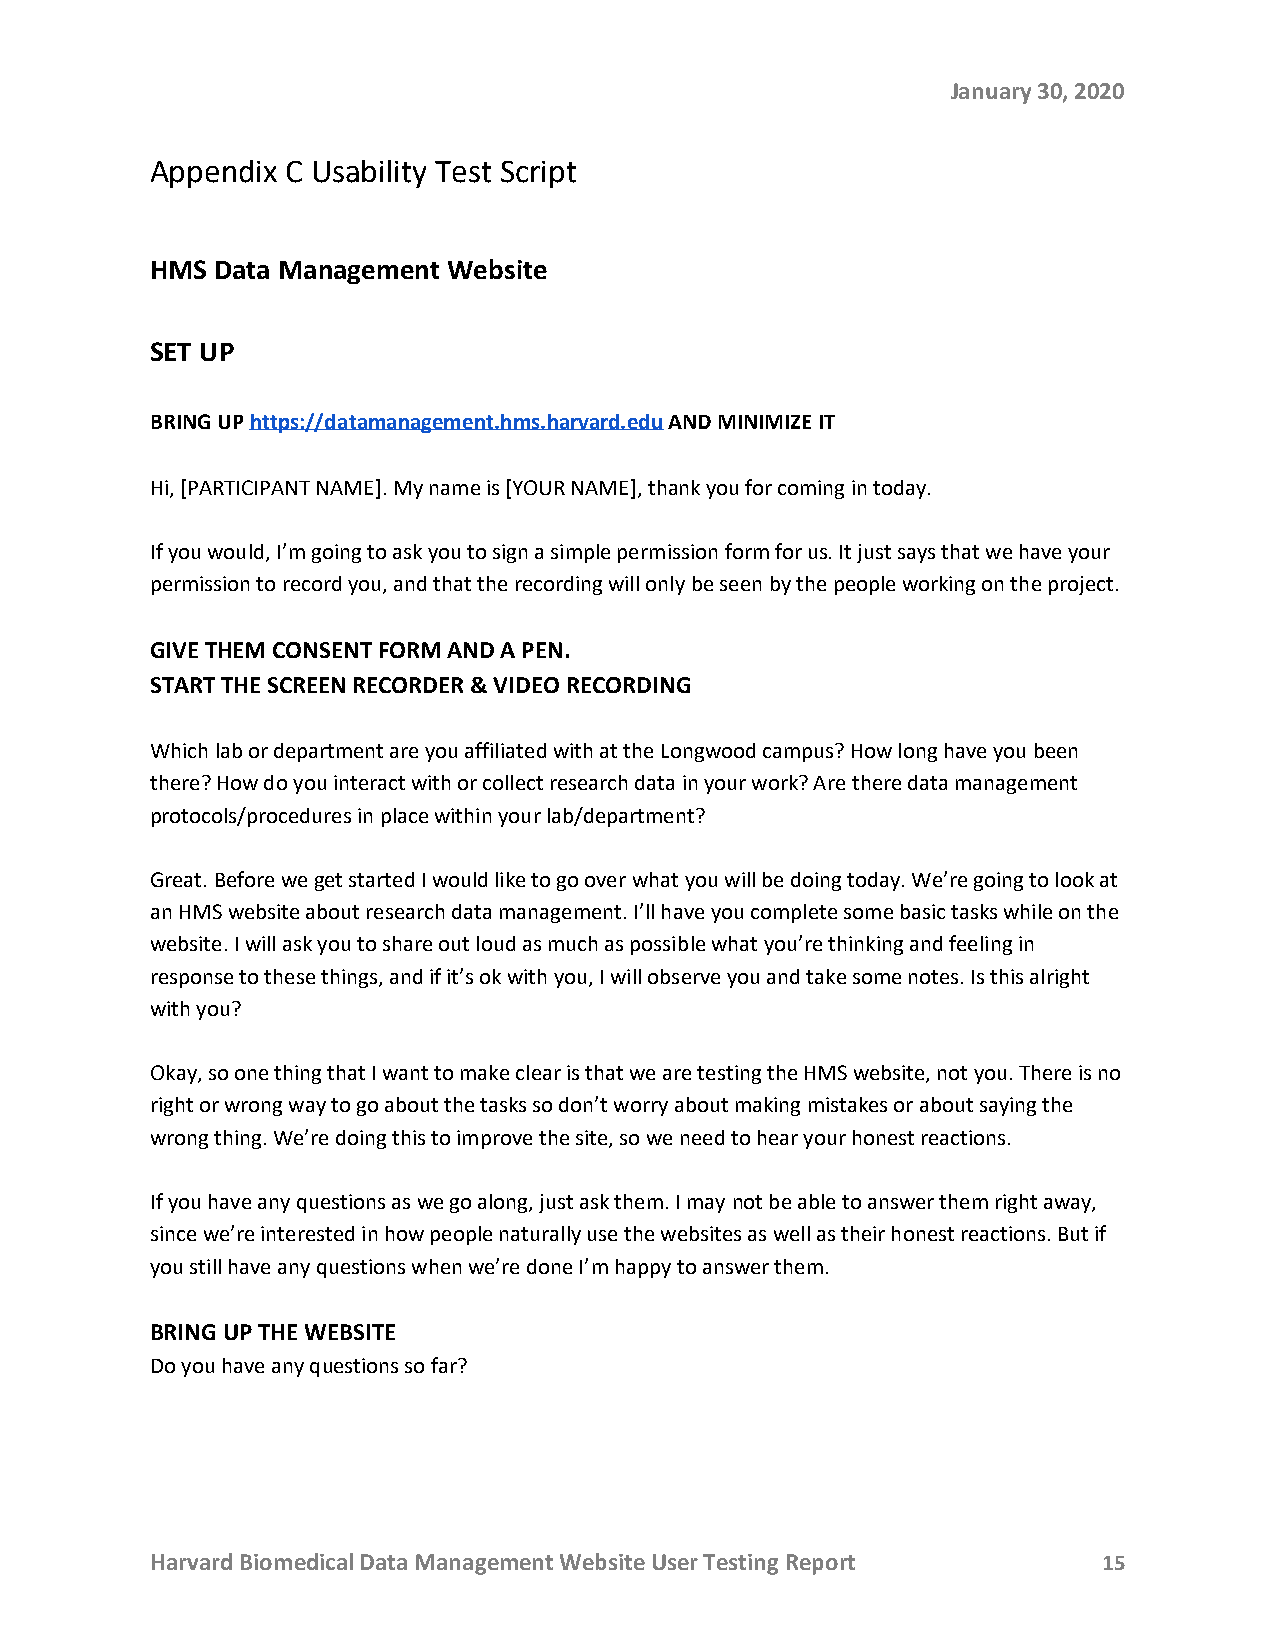
January 30, 2020
 Appendix C Usability Test Script
 HMS Data Management Website
 SET UP
 BRING UP https://datamanagement.hms.harvard.edu AND MINIMIZE IT
 Hi, [PARTICIPANT NAME]. My name is [YOUR NAME], thank you for coming in today.
 If you would, I’m going to ask you to sign a simple permission form for us. It just says that we have your
 permission to record you, and that the recording will only be seen by the people working on the project.
 GIVE THEM CONSENT FORM AND A PEN.
 START THE SCREEN RECORDER & VIDEO RECORDING
 Which lab or department are you affiliated with at the Longwood campus? How long have you been
 there? How do you interact with or collect research data in your work? Are there data management
 protocols/procedures in place within your lab/department?
 Great. Before we get started I would like to go over what you will be doing today. We’re going to look at
 an HMS website about research data management. I’ll have you complete some basic tasks while on the
 website. I will ask you to share out loud as much as possible what you’re thinking and feeling in
 response to these things, and if it’s ok with you, I will observe you and take some notes. Is this alright
 with you?
 Okay, so one thing that I want to make clear is that we are testing the HMS website, not you. There is no
 right or wrong way to go about the tasks so don’t worry about making mistakes or about saying the
 wrong thing. We’re doing this to improve the site, so we need to hear your honest reactions.
 If you have any questions as we go along, just ask them. I may not be able to answer them right away,
 since we’re interested in how people naturally use the websites as well as their honest reactions. But if
 you still have any questions when we’re done I’m happy to answer them.
 BRING UP THE WEBSITE
 Do you have any questions so far?
 Harvard Biomedical Data Management Website User Testing Report 15